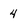
Character: 4